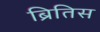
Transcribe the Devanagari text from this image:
ब्रितिस